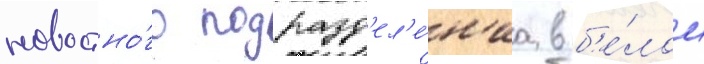
новостно́го подразд'ел'е́н'иа в б'е́лом